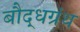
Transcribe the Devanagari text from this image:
बौद्धग्रंथ